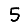
Digit: 5